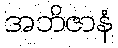
အဘိဇာနံ